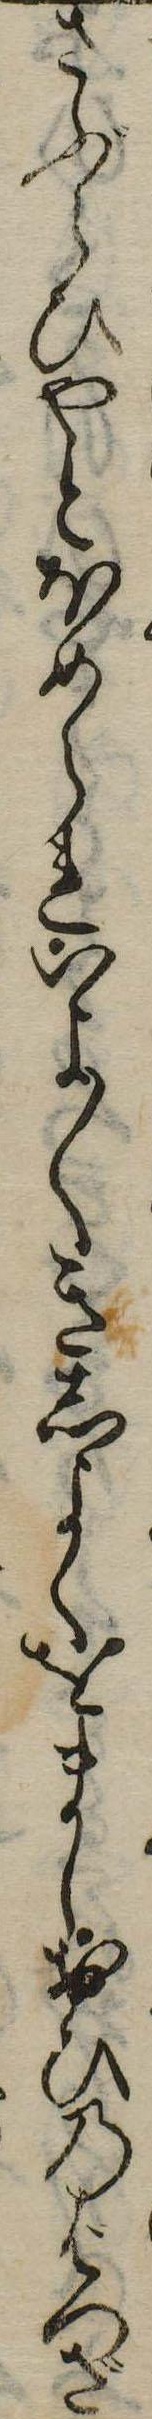
さぶらひやとほめられいよ〱きしよくをましおひのはつざ